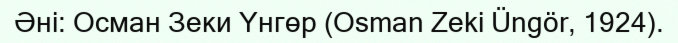
Әні: Осман Зеки Үнгөр (Osman Zeki Üngör, 1924).